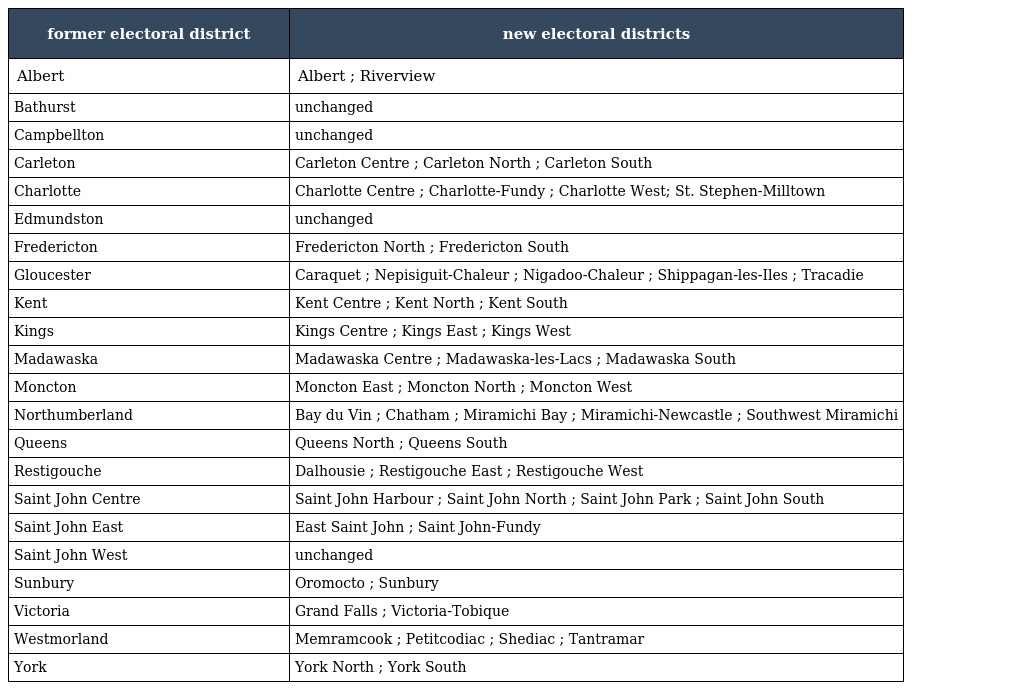
| former electoral district | new electoral districts |
 | --- | --- |
 | Albert | Albert ; Riverview |
 | Bathurst | unchanged |
 | Campbellton | unchanged |
 | Carleton | Carleton Centre ; Carleton North ; Carleton South |
 | Charlotte | Charlotte Centre ; Charlotte-Fundy ; Charlotte West; St. Stephen-Milltown |
 | Edmundston | unchanged |
 | Fredericton | Fredericton North ; Fredericton South |
 | Gloucester | Caraquet ; Nepisiguit-Chaleur ; Nigadoo-Chaleur ; Shippagan-les-Iles ; Tracadie |
 | Kent | Kent Centre ; Kent North ; Kent South |
 | Kings | Kings Centre ; Kings East ; Kings West |
 | Madawaska | Madawaska Centre ; Madawaska-les-Lacs ; Madawaska South |
 | Moncton | Moncton East ; Moncton North ; Moncton West |
 | Northumberland | Bay du Vin ; Chatham ; Miramichi Bay ; Miramichi-Newcastle ; Southwest Miramichi |
 | Queens | Queens North ; Queens South |
 | Restigouche | Dalhousie ; Restigouche East ; Restigouche West |
 | Saint John Centre | Saint John Harbour ; Saint John North ; Saint John Park ; Saint John South |
 | Saint John East | East Saint John ; Saint John-Fundy |
 | Saint John West | unchanged |
 | Sunbury | Oromocto ; Sunbury |
 | Victoria | Grand Falls ; Victoria-Tobique |
 | Westmorland | Memramcook ; Petitcodiac ; Shediac ; Tantramar |
 | York | York North ; York South |